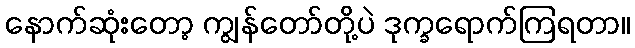
နောက်ဆုံးတော့ ကျွန်တော်တို့ပဲ ဒုက္ခရောက်ကြရတာ။